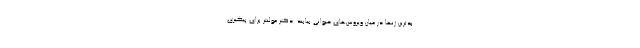
بدترین ژنها در میان ویروس‌های حیوانی بیابند. دکتر مولنتز برای پیگیری